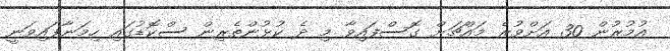
އުމުރުން 30 އަށްވުރެ މައްޗަށް ގޮސްފައިވާ މި ދެ ކުޅުންތެރިން ސްކޮޑުގައި ހިމަނާފައިވަނީ